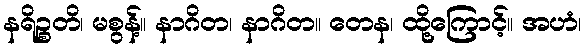
နရိဉ္စတိ၊ မစွန့်။ နာဂိတ၊ နာဂိတ။ တေန၊ ထို့ကြောင့်။ အဟံ၊